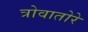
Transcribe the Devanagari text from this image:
त्रोवातोरे